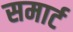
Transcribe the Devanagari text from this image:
समार्ट